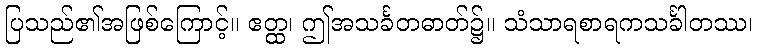
ပြသည်၏အဖြစ်ကြောင့်။ ဧတ္ထ၊ ဤအသင်္ခတဓာတ်၌။ သံသာရစာရကသင်္ခါတဿ၊